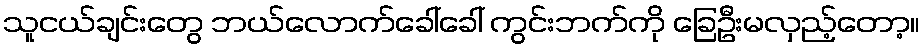
သူငယ်ချင်းတွေ ဘယ်လောက်ခေါ်ခေါ် ကွင်းဘက်ကို ခြေဦးမလှည့်တော့။